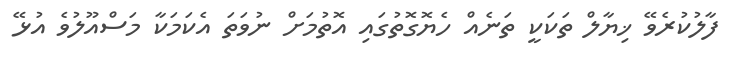
ފާލުކުރެވޭ ޚިޔާލް ތަކަކީ ތަނެއް ހެޔޮގޮތުގައި އޮތުމަށް ނުވަތަ އެކަމަކާ މަސްއޫލުވެ އުޅޭ